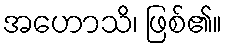
အဟောသိ၊ ဖြစ်၏။